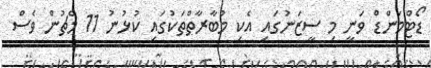
ޑޯޓްމަންޑް ވަނީ މި ސީޒަނުގައި އެކި މުބާރާތްތަކުގައި ކުޅުނު 11 މެޗުން ވެސް